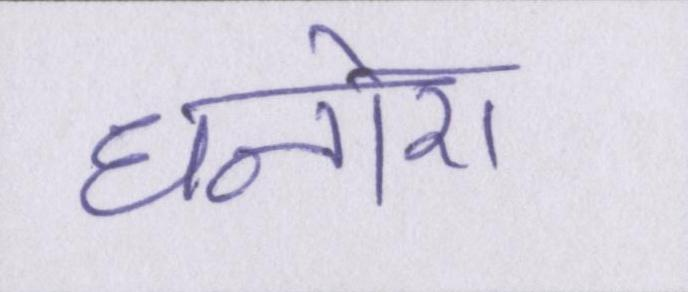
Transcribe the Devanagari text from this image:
धनोरा